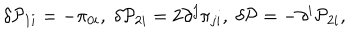
LaTeX: \delta { \cal P } _ { 1 i } = - \pi _ { 0 i } , \; \delta { \cal P } _ { 2 i } = 2 \partial ^ { j } \pi _ { j i } , \; \delta { \cal P } = - \partial ^ { i } { \cal P } _ { 2 i } ,